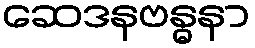
ဆေဒနဗန္ဓနာ